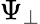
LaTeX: \Psi_{\perp}